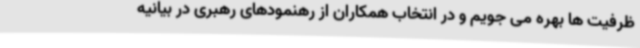
ظرفیت ها بهره می جویم و در انتخاب همکاران از رهنمودهای رهبری در بیانیه